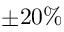
\pm 2 0 \%